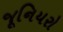
જૂનિયરો